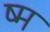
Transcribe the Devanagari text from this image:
ष्म